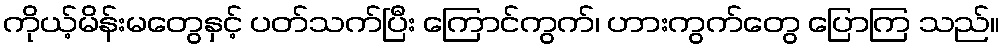
ကိုယ့်မိန်းမတွေနှင့် ပတ်သက်ပြီး ကြောင်ကွက်၊ ဟားကွက်တွေ ပြောကြ သည်။